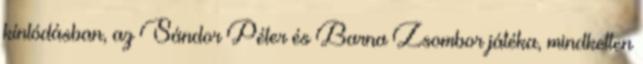
kínlódásban, az Sándor Péter és Barna Zsombor játéka, mindketten